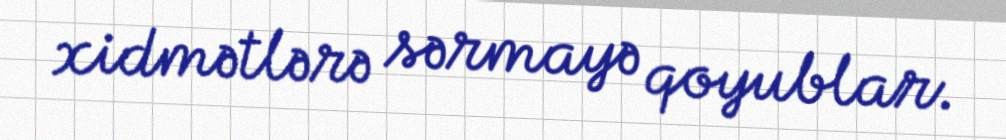
xidmətlərə sərmayə qoyublar.